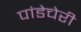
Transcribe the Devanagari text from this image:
पांडेचेरी